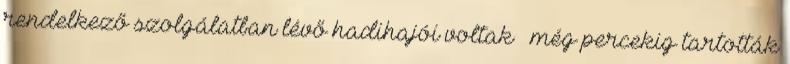
rendelkező szolgálatban lévő hadihajói voltak – még percekig tartották